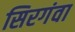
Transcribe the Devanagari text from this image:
सिरगंवा